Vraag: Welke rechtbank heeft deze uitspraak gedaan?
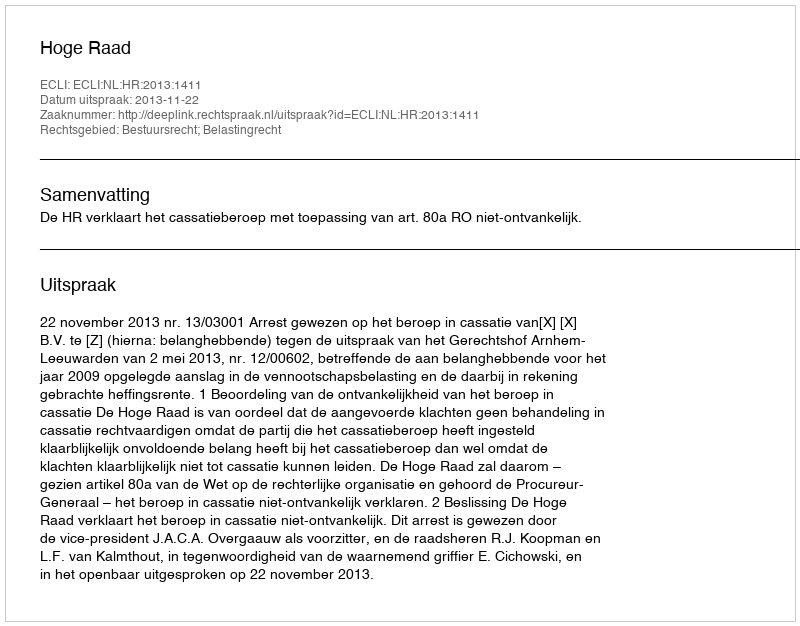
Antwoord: Hoge Raad